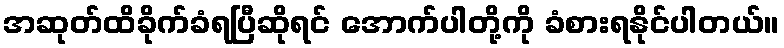
အဆုတ်ထိခိုက်ခံရပြီဆိုရင် အောက်ပါတို့ကို ခံစားရနိုင်ပါတယ်။